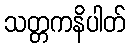
သတ္တကနိပါတ်